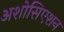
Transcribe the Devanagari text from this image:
अशोसिएशन